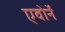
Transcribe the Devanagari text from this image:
एवोर्ने